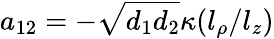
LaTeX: a_{12}=-\sqrt{d_{1}d_{2}}\kappa(l_{\rho}/l_{z})